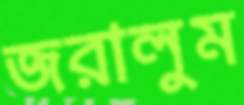
জরালুম